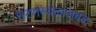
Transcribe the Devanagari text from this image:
धरणस्थळाजवळ